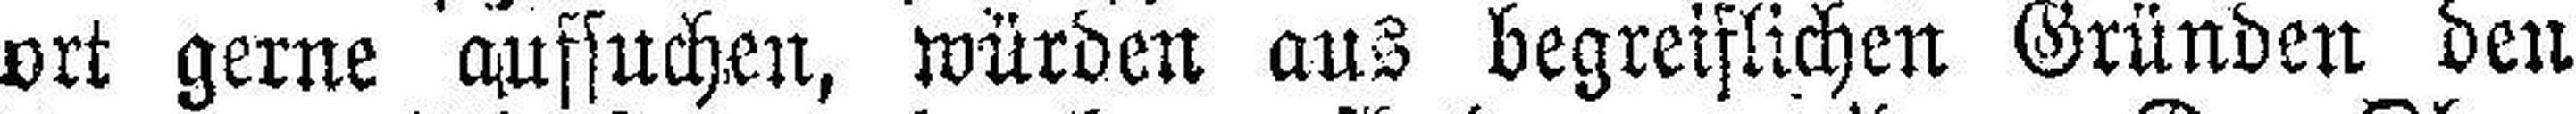
ort gerne aufsuchen, würden aus begreiflichen Gründen den